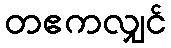
တဧကလျှင်